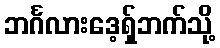
ဘင်္ဂလားဒေ့ရှ်ဘက်သို့